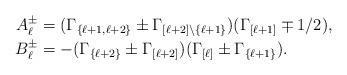
LaTeX: \begin{align*}A_{\ell}^{\pm}&=(\Gamma_{\{\ell+1,\ell+2\}}\pm \Gamma_{[\ell+2]\setminus\{\ell+1\}})(\Gamma_{[\ell+1]}\mp 1/2),\\B_{\ell}^{\pm}&=-(\Gamma_{\{\ell+2\}}\pm \Gamma_{[\ell+2]})(\Gamma_{[\ell]}\pm \Gamma_{\{\ell+1\}}).\end{align*}